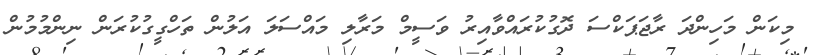
މިކަން މަހިންދަ ރާޖަޕަކްސަ ދޮގުކުރައްވާއިރު ވަސީމް މަރާލި މައްސަލަ އަލުން ތަހްގީގުކުރަން ނިންމުމުން